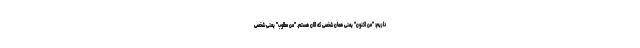
داریم: "منِ اکنون" یعنی همان شخصی که الان هستم. "منِ مطلوب" یعنی شخصی